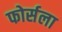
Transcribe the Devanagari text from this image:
फोर्सला